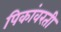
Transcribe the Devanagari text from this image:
पिकांवरती